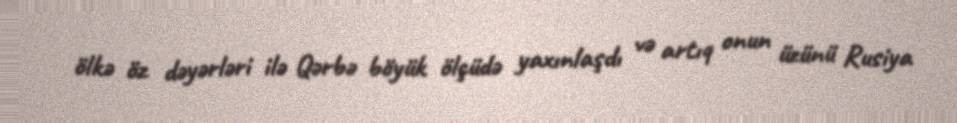
ölkə öz dəyərləri ilə Qərbə böyük ölçüdə yaxınlaşdı və artıq onun üzünü Rusiya